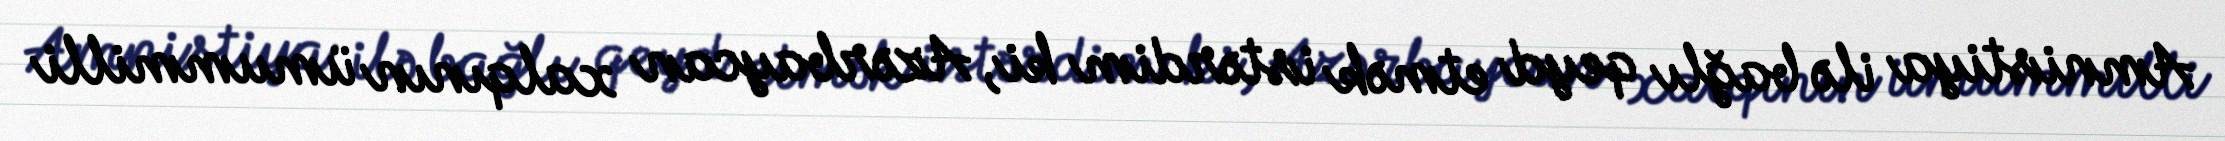
Amnistiya ilə bağlı qeyd etmək istərdim ki, Azərbaycan xalqının ümummilli